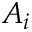
A _ { i }